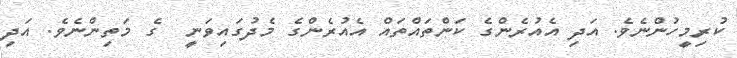
ކުރިމީހުންނެވެ. އަދި އެއުރެންގެ ކަންތައްތައް އެއުރެންގެ މެދުގައިވަނީ  ގެ މަތިންނެވެ. އަދި